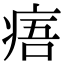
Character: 痦